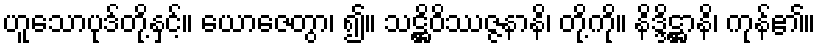
ဟူသောပုဒ်တို့နှင့်။ ယောဇေတွာ၊ ၍။ သဋ္ဌိဝိဿဇ္ဇနာနိ၊ တို့ကို။ နိဒ္ဒိဋ္ဌာနိ၊ ကုန်၏။